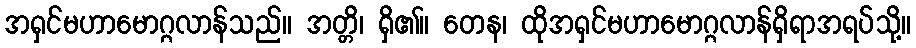
အရှင်မဟာမောဂ္ဂလာန်သည်။ အတ္တိ၊ ရှိ၏။ တေန၊ ထိုအရှင်မဟာမောဂ္ဂလာန်ရှိရာအရပ်သို့။